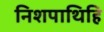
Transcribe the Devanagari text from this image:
निशपाथिहि